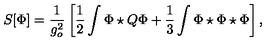
S [ \Phi ] = \frac { 1 } { g _ { o } ^ { 2 } } \left[ \frac 1 2 \int \Phi \star Q \Phi + \frac 1 3 \int \Phi \star \Phi \star \Phi \right] ,